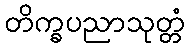
တိက္ခပညာသုတ္တံ